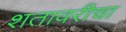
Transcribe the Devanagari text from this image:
शतावरीचा